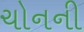
ચોનની